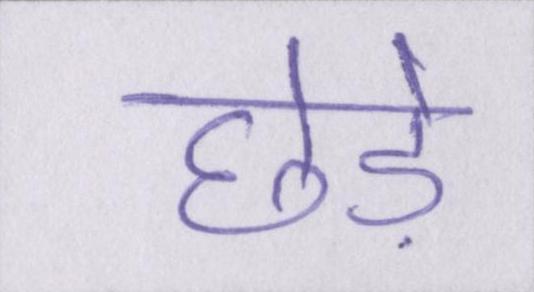
छेड़े